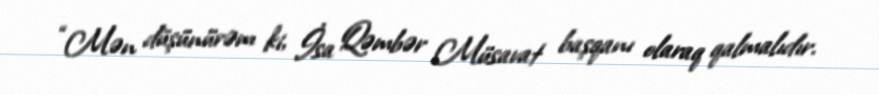
“Mən düşünürəm ki, İsa Qəmbər Müsavat başqanı olaraq qalmalıdır.